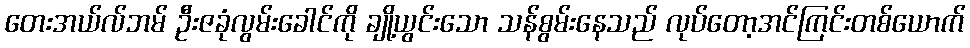
တေးအယ်လ်ဘမ် ဦးဇခုံလွမ်းခေါင်ကို ချို့ယွင်းသော သန်စွမ်းနေသည် လုပ်တော့အင်ကြင်းတစ်ယောက်